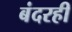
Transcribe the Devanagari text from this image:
बंदरही